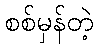
စစ်မှန်တဲ့